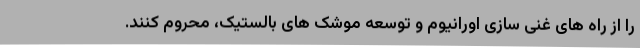
را از راه های غنی سازی اورانیوم و توسعه موشک های بالستیک، محروم کنند.